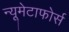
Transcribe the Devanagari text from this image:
न्यूमेटाफोर्स